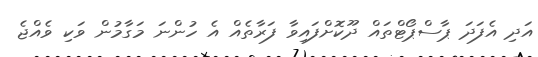
އަދި އެފަދަ ޕާސްޕޯޓްތައް ދޫކޮށްފައިވާ ފަރާތެއް އެ ހުންނަ މަގާމުން ވަކި ވެއްޖެ